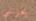
يحزنني